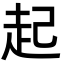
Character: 起